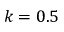
k = 0 . 5